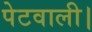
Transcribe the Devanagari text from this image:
पेटवाली।